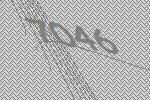
7046